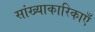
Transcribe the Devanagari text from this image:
सांख्याकारिकाएँ